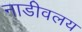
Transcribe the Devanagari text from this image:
नाडीवलय